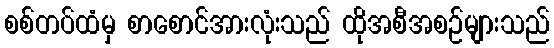
စစ်တပ်ထံမှ စာစောင်အားလုံးသည် ထိုအစီအစဉ်များသည်